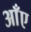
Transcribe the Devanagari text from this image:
आँए